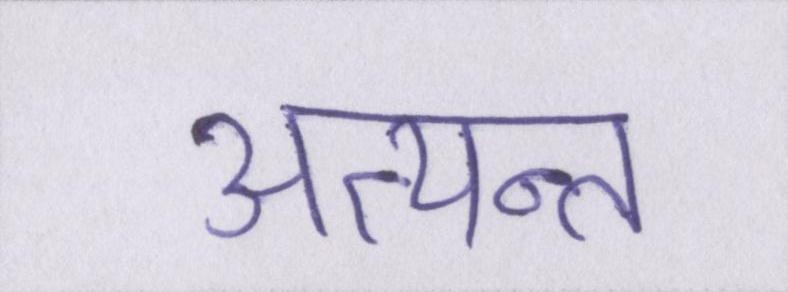
अत्यन्त